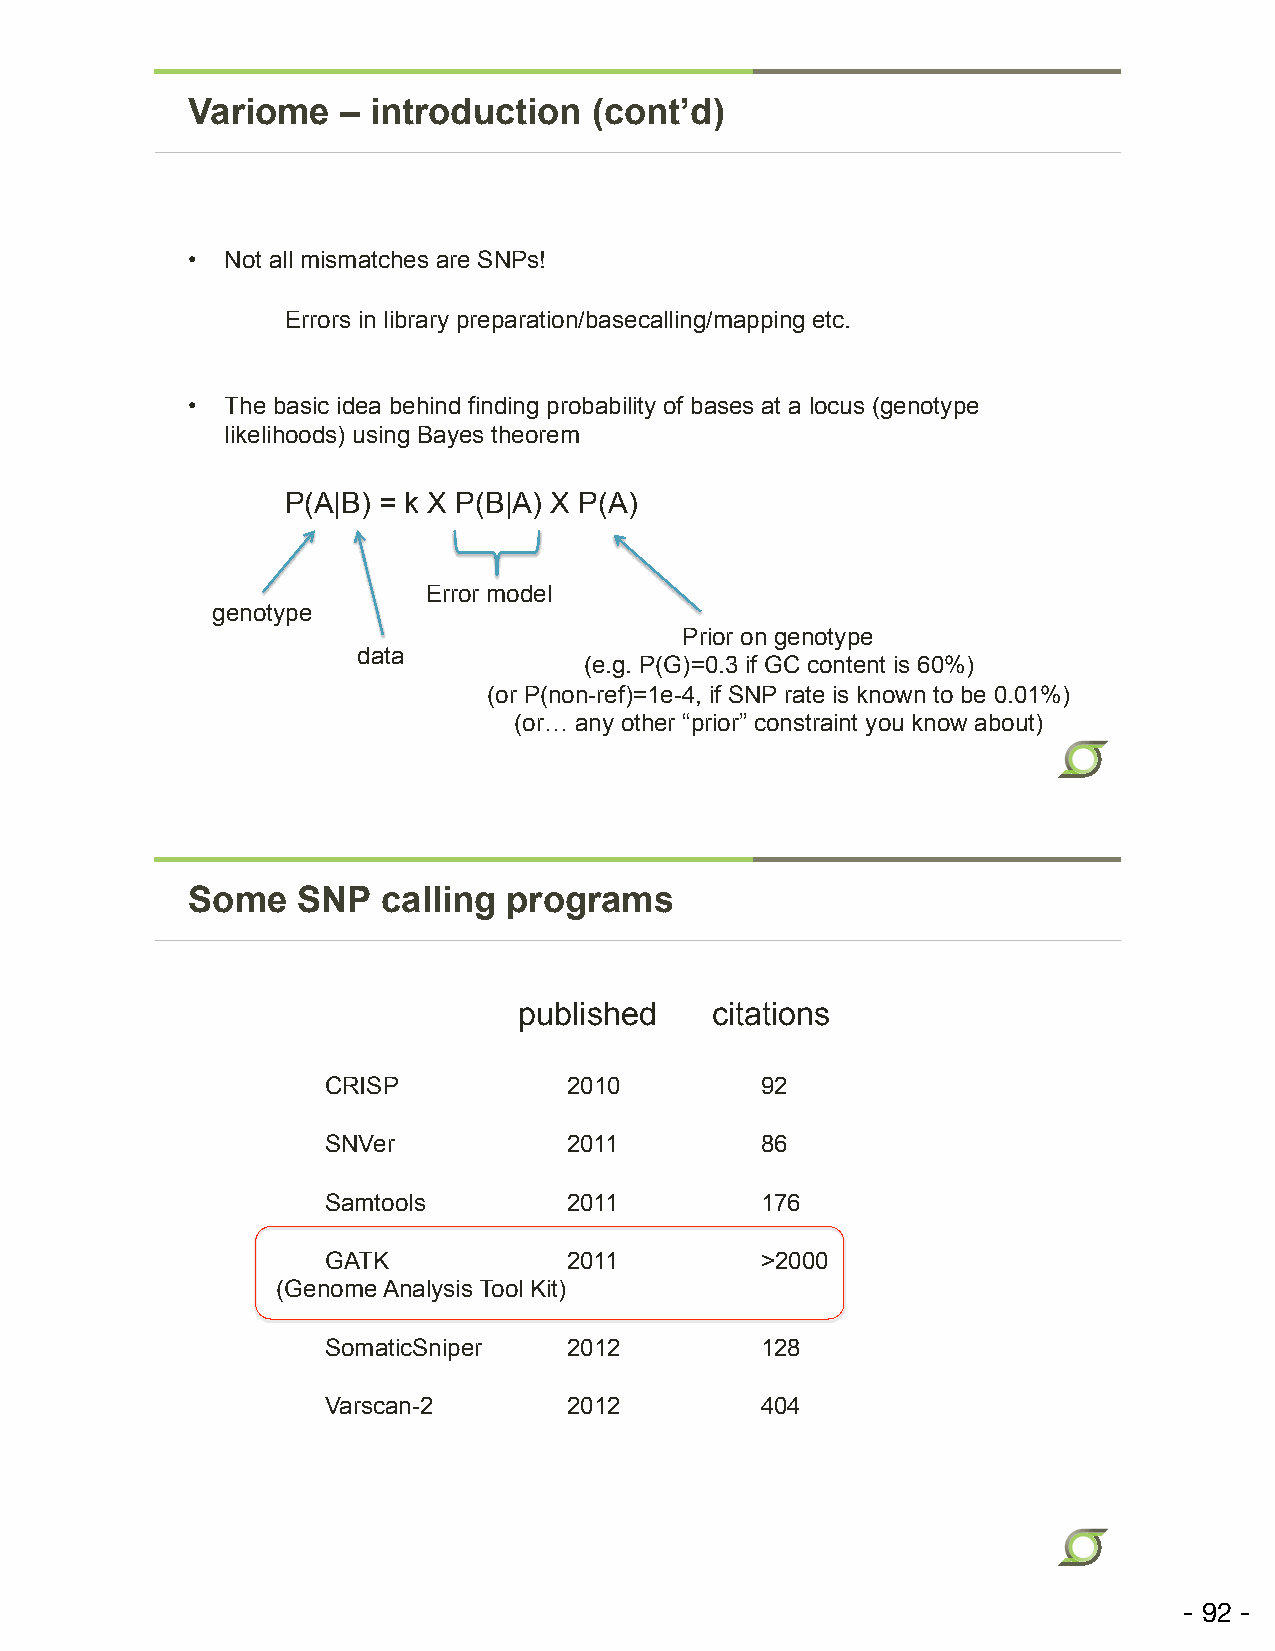
Variome   – introduction   (cont’d)
 •  Not all mismatches are SNPs!
 Errors in library preparation/basecalling/mapping etc.
 •  The basic idea behind finding probability of bases at a locus (genotype
 likelihoods) using Bayes theorem
 P(A|B) = k X P(B|A) X P(A)
 Error model
 genotype
 Prior on genotype
 data
 (e.g. P(G)=0.3 if GC content is 60%)
 (or P(non-ref)=1e-4, if SNP rate is known to be 0.01%)
 (or… any other “prior” constraint you know about)
 Some    SNP  calling  programs
 published    citations
 CRISP           2010        92
 SNVer           2011        86
 Samtools        2011        176
 GATK            2011        >2000
 (Genome Analysis Tool Kit)
 SomaticSniper   2012        128
 Varscan-2       2012        404